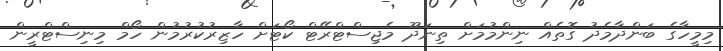
މިމީހާގެ ބަންދާމެދު ގޮތެއް ނިންމުމަށް ތިނަދޫ މެޖިސްޓްރޭޓް ކޯޓަށް ހާޒިރުކުރުމުން ހޯމް މިނިސްޓްރީން